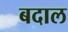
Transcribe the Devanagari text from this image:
बदाल